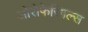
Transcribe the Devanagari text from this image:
ओरोफेरिगल्स